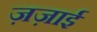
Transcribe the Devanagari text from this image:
ज़ज़ाई